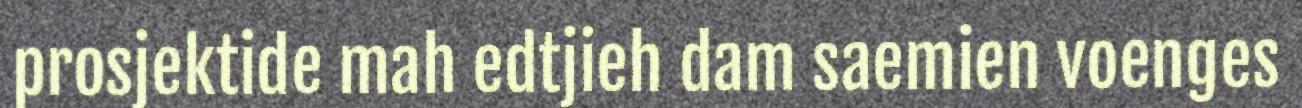
prosjektide mah edtjieh dam saemien voenges